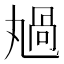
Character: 𠷏